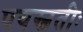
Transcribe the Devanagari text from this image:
पयस्वतीः